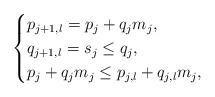
LaTeX: \begin{align*}\begin{cases}p_{j+1,l} = p_{j} +q_{j}m_j , \\ q_{j+1,l} =s_j \leq q_j,\\p_{j}+q_jm_j \leq p_{j,l}+q_{j,l}m_j,\\\end{cases}\end{align*}